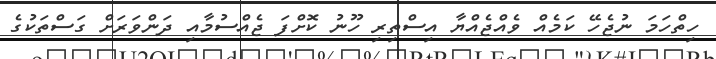
ހިތްހަމަ ނުޖެހޭ ކަމެއް ވެއްޖެއްޔާ އިސްތިރި ހޫނު ކޮށްފަ ޖެއްސުމާއި ދަންވަރަށް ގަސްތަކުގެ